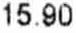
15.90